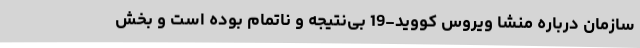
سازمان درباره منشا ویروس کووید-19 بی‌نتیجه و ناتمام بوده است و بخش